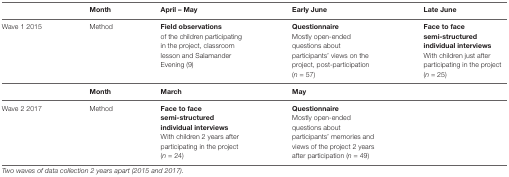
<table><thead><tr><td></td><td><b>Month</b></td><td><b>April – May</b></td><td><b>Early June</b></td><td><b>Late June</b></td></tr></thead><tbody><tr><td>Wave 1 2015</td><td>Method</td><td><b>Field observations</b> of the children participating in the project, classroom lesson and Salamander Evening (9)</td><td><b>Questionnaire</b> Mostly open-ended questions about participants’ views on the project, post-participation (<i>n</i> = 57)</td><td><b>Face to face semi-structured individual interviews</b> With children just after participating in the project (<i>n</i> = 25)</td></tr><tr><td></td><td><b>Month</b></td><td><b>March</b></td><td><b>May</b></td><td></td></tr><tr><td>Wave 2 2017</td><td>Method</td><td><b>Face to face semi-structured individual interviews</b>With children 2 years after participating in the project (<i>n</i> = 24)</td><td><b>Questionnaire</b>Mostly open-ended questions about participants’ memories and views of the project 2 years after participation (<i>n</i> = 49)</td><td></td></tr></tbody></table>